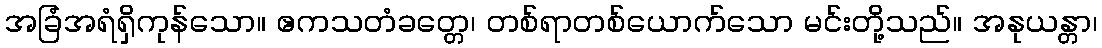
အခြံအရံရှိကုန်သော။ ဧကသတံခတ္တေ၊ တစ်ရာတစ်ယောက်သော မင်းတို့သည်။ အနုယန္တာ၊